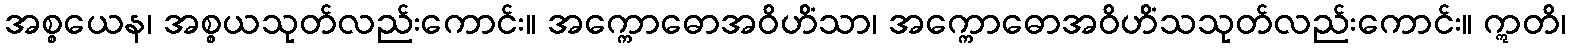
အစ္စယေန၊ အစ္စယသုတ်လည်းကောင်း။ အက္ကောဓောအဝိဟိံသာ၊ အက္ကောဓောအဝိဟိံသသုတ်လည်းကောင်း။ ဣတိ၊